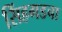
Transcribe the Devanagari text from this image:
सिंहगडचा